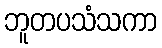
ဘူတပသံသကာ